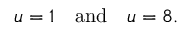
u = 1 \quad { \mathrm { a n d } } \quad u = 8 .